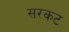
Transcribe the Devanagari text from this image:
सरकट